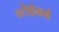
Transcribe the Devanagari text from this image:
ब्लेईबर्ग